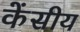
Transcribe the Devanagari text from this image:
केंसीय